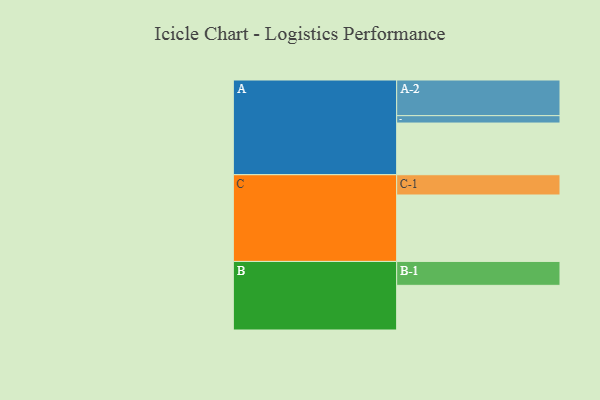
{"axis": {"x": "Segment", "y": "Value"}, "legend": ["", "A", "B", "C"], "data": [{"x": "A", "y": 413, "type": ""}, {"x": "B", "y": 357, "type": ""}, {"x": "C", "y": 531, "type": ""}, {"x": "A-1", "y": 59, "type": "A"}, {"x": "A-2", "y": 285, "type": "A"}, {"x": "B-1", "y": 191, "type": "B"}, {"x": "C-1", "y": 162, "type": "C"}]}